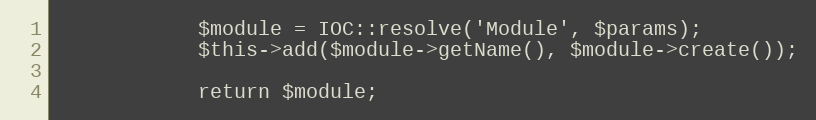
Language: PHP
            $module = IOC::resolve('Module', $params);
            $this->add($module->getName(), $module->create());

            return $module;